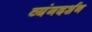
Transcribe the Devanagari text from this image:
व्यंगदर्शन